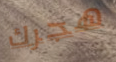
هجرك